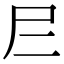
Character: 𡰥